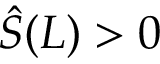
\hat { S } ( L ) > 0